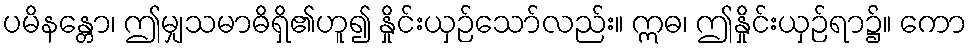
ပမိနန္တော၊ ဤမျှသမာဓိရှိ၏ဟူ၍ နှိုင်းယှဉ်သော်လည်း။ ဣဓ၊ ဤနှိုင်းယှဉ်ရာ၌။ ကော